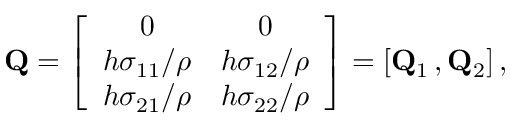
\begin{array} { r } { { \bf Q } = \left[ \begin{array} { c c } { 0 } & { 0 } \\ { h \sigma _ { 1 1 } / \rho } & { h \sigma _ { 1 2 } / \rho } \\ { h \sigma _ { 2 1 } / \rho } & { h \sigma _ { 2 2 } / \rho } \end{array} \right] = [ { \bf Q } _ { 1 } \, , { \bf Q } _ { 2 } ] \, , } \end{array}